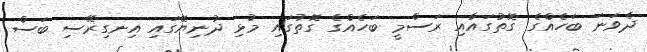
ދެވަނަ ބަހެއްގެ ގޮތުގައާއި ރަސްމީ ބަހެއްގެ ގޮތުގައި މުޅި ދުނިޔޭގައި އިނގިރޭސި ބަސް